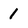
Character: 1